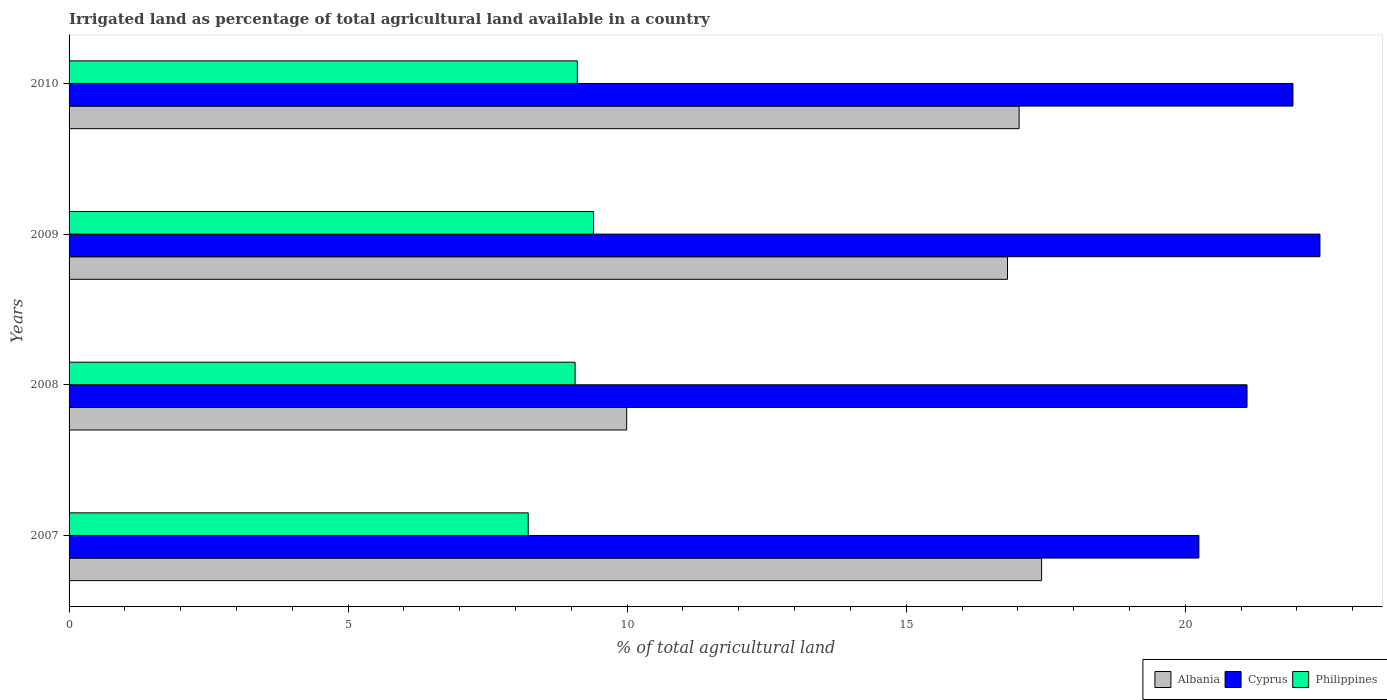
| Years | Albania | Cyprus | Philippines |
 | --- | --- | --- | --- |
 | 2007 | 17.4 | 20.2 | 8.23 |
 | 2008 | 9.99 | 21.1 | 9.07 |
 | 2009 | 16.8 | 22.4 | 9.4 |
 | 2010 | 17 | 21.9 | 9.11 |